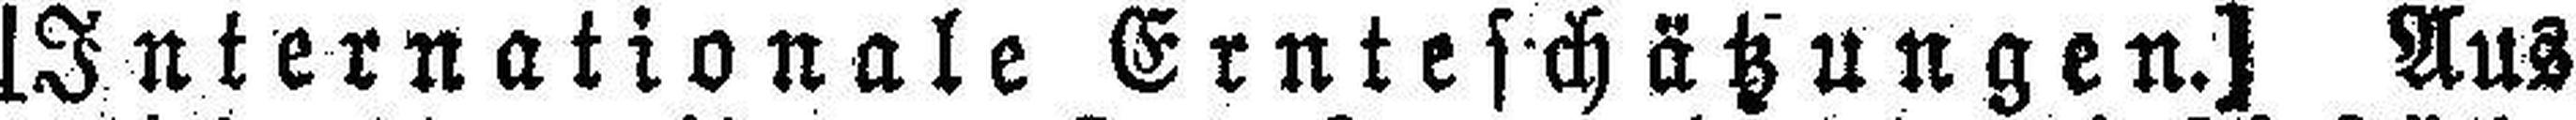
[Internationale Ernteschätzungen.] Aus